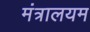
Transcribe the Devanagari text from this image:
मंत्रालयम